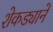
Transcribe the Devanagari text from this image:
शेकड्याने